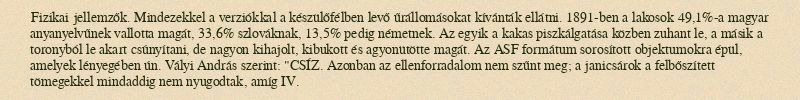
Fizikai jellemzők. Mindezekkel a verziókkal a készülőfélben levő űrállomásokat kívánták ellátni. 1891-ben a lakosok 49,1%-a magyar anyanyelvűnek vallotta magát, 33,6% szlováknak, 13,5% pedig németnek. Az egyik a kakas piszkálgatása közben zuhant le, a másik a toronyból le akart csúnyítani, de nagyon kihajolt, kibukott és agyonütötte magát. Az ASF formátum sorosított objektumokra épül, amelyek lényegében ún. Vályi András szerint: "CSÍZ. Azonban az ellenforradalom nem szűnt meg; a janicsárok a felbőszített tömegekkel mindaddig nem nyugodtak, amíg IV.